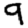
Digit: 9